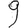
Digit: 9